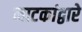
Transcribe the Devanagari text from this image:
नाटकांद्वारे